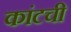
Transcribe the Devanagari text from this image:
कांटची